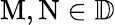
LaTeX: \mathrm{M},\mathrm{N}\in\mathbb D